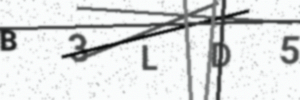
Text: B3LD5